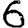
Digit: 6